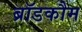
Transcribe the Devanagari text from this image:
ब्रॉडकौम